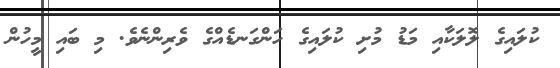
ކުލައިގެ ލޮލަކާއި މަޑު މުށި ކުލައިގެ ހަންގަނޑެއްގެ ވެރިންނެވެ. މި ބައި މީހުން